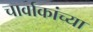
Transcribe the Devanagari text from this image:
चार्वाकांच्या